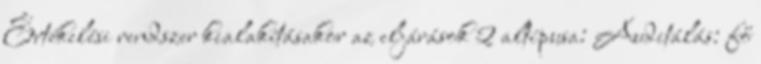
Értékelési rendszer kialakításakor az eljárások 2 altípusa: Auditálás: fő